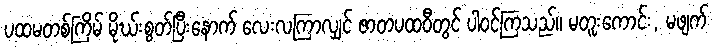
ပထမတစ်ကြိမ် မိုဃ်းစွတ်ပြီးနောက် လေးလကြာလျှင် ဇာတပထဝီတွင် ပါဝင်ကြသည်။ မတူးကောင်း, မဖျက်